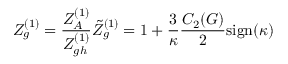
Z _ { g } ^ { ( 1 ) } = \frac { Z _ { A } ^ { ( 1 ) } } { Z _ { g h } ^ { ( 1 ) } } \tilde { Z } _ { g } ^ { ( 1 ) } = 1 + \frac { 3 } { \kappa } \frac { C _ { 2 } ( G ) } { 2 } \mathrm { s i g n } ( \kappa )